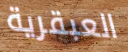
العبقرية